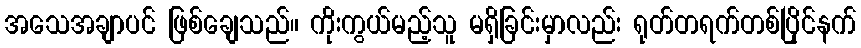
အသေအချာပင် ဖြစ်ချေသည်။ ကိုးကွယ်မည့်သူ မရှိခြင်းမှာလည်း ရုတ်တရက်တစ်ပြိုင်နက်